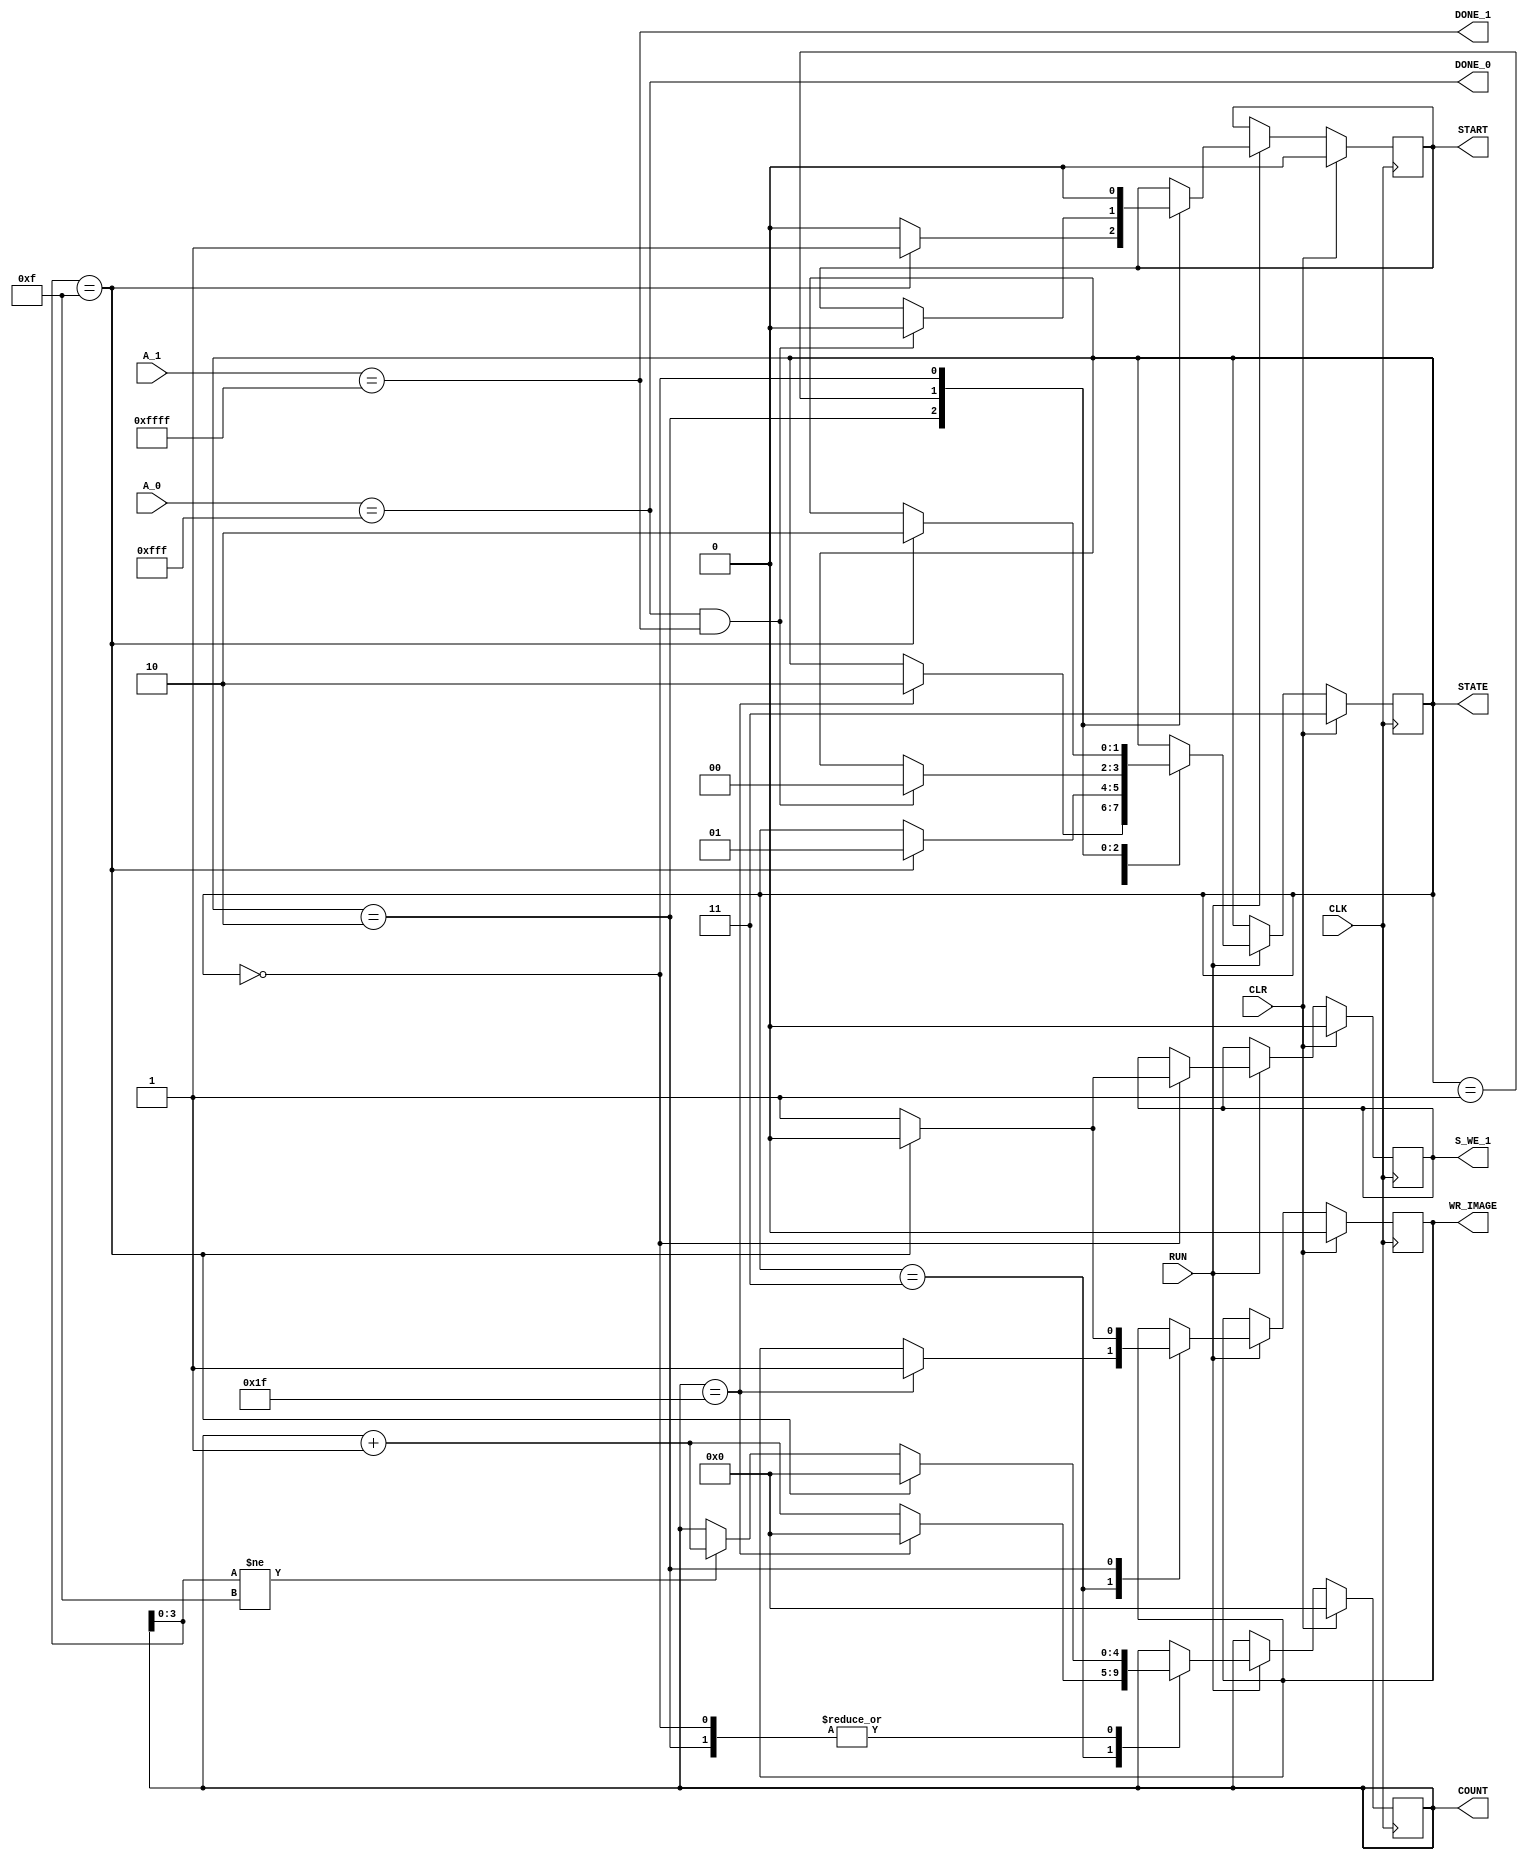


module system_control(
	CLK,CLR,
	RUN,
	STATE, COUNT,
	START, S_WE_1,
	WR_IMAGE,
	A_0,
	A_1,
	DONE_0,
	DONE_1
	); 
	
parameter INIT = 2'b11;	// tylko raz
parameter IN = 2'b10;
parameter OUT = 2'b00;
parameter PROG = 2'b01;
	
parameter BIP_W = 12;	
parameter WIP_W = 16;	
	
input CLK,CLR;
input RUN;


input [BIP_W-1:0] A_0;
input [WIP_W-1:0] A_1;

output [1:0]STATE;
output reg [4:0]COUNT;
output reg START;
output DONE_0;
output DONE_1;
output reg S_WE_1;
output reg WR_IMAGE;
reg [1:0] state;


//reg CHANGE;

assign DONE_0 = (A_0 == 12'hfff); //&& CHANGE;
assign DONE_1 = (A_1 == 16'hffff);// && CHANGE;
assign STATE = state;
assign END_CYCLE = DONE_0 & DONE_1;	

always @(posedge CLK) begin
	if(CLR) begin
		state <= INIT;
		COUNT <= 5'd0;
		START <= 1'b0;
		S_WE_1 <= 1'b0;
		WR_IMAGE <= 1'b0;
		//CHANGE <= 1'b1;
	end
else begin
	if(RUN)	begin
		case(state)
		INIT: if(COUNT == 5'b11111) begin
			state <= IN;
			COUNT <= 5'd0;
			WR_IMAGE <= 1'b1;
		end
		else begin
			COUNT <= COUNT + 1'b1;
		end	
		IN: if(COUNT[3:0] == 4'b1111) begin
				state <= PROG;
				START <= 1'b1;
				COUNT <= 5'd0;
				WR_IMAGE <= 1'b0;
			end
		else begin
			if(COUNT[3:0] != 4'b1111)
				COUNT <= COUNT + 1;
				START <= 1'b0;
				WR_IMAGE <= 1'b1;
			end
		PROG: if(END_CYCLE) begin
				state <= OUT;
				START <= 1'b0;
				//CHANGE <= 1'b1;
				
		end
		OUT: if(COUNT[3:0] == 4'b1111) begin
			state <= IN;
			COUNT <= 5'd0;
			START <= 1'b0;
			S_WE_1 <= 1'b0;
			//CHANGE <= 1'b0;
		end
		else begin
			if(COUNT[3:0] != 4'b1111)
			COUNT <= COUNT + 1;
			START <= 1'b0;
			S_WE_1 <= 1'b1;
			//CHANGE <= 1'b1;
			
		end
		
		default: begin
			state <= INIT;
			COUNT <= 5'd0;
		end	
		endcase
	end
	end
end
		

endmodule